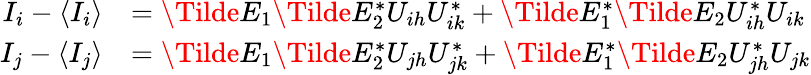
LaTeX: \begin{array}{rl}{I_{i}-\langle I_{i}\rangle}&{=\Tilde{E}_{1}\Tilde{E}_{2}^{*}U_{ih}U_{ik}^{*}+\Tilde{E}_{1}^{*}\Tilde{E}_{2}U_{ih}^{*}U_{ik}}\\ {I_{j}-\langle I_{j}\rangle}&{=\Tilde{E}_{1}\Tilde{E}_{2}^{*}U_{jh}U_{jk}^{*}+\Tilde{E}_{1}^{*}\Tilde{E}_{2}U_{jh}^{*}U_{jk}}\end{array}